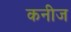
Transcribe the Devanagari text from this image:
कनीज